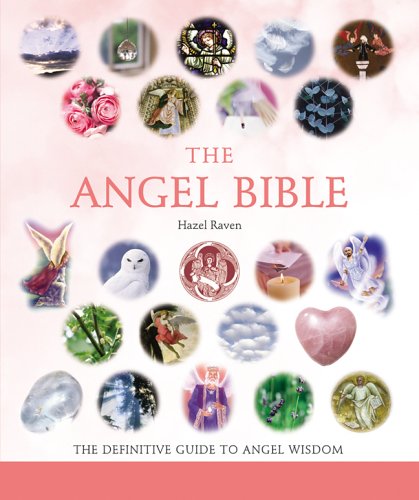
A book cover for The Angel Bible: The Definitive Guide to Angel Wisdom; Hazel Raven; Religion & Spirituality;